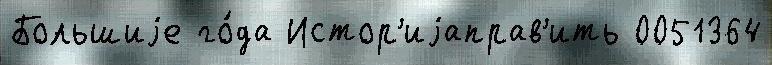
Большиjе го́да Истор'иjаправ'ить 0051364